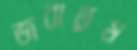
জরাতুম